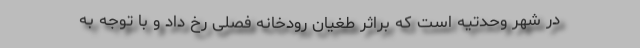
در شهر وحدتیه است که براثر طغیان رودخانه فصلی رخ داد و با توجه به